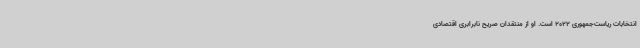
انتخابات ریاست‌جمهوری 2022 است. او از منتقدان صریح نابرابری اقتصادی